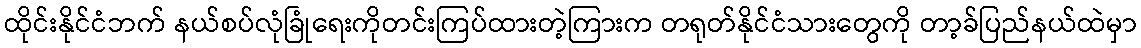
ထိုင်းနိုင်ငံဘက် နယ်စပ်လုံခြုံရေးကိုတင်းကြပ်ထားတဲ့ကြားက တရုတ်နိုင်ငံသားတွေကို တာ့ခ်ပြည်နယ်ထဲမှာ